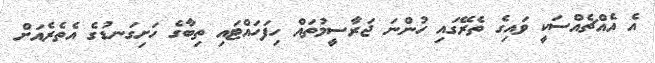
އެ އެއްޗެއްސަކީ ވައިގެ ތެރޭގައި ހުންނަ ޖަރާސީމުތައް ހިފަހައްޓައި ތިބާގެ ހަށިގަނޑުގެ އެތެރެއަށް